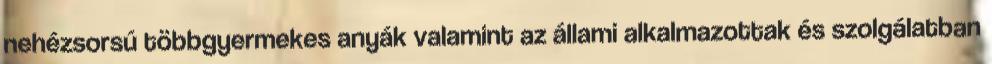
nehézsorsú többgyermekes anyák valamint az állami alkalmazottak és szolgálatban